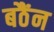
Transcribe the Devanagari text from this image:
बठैंन